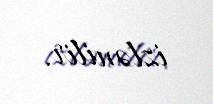
izlənilir.